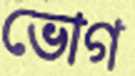
ভোগ